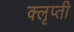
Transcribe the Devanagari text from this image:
क्लृप्ती